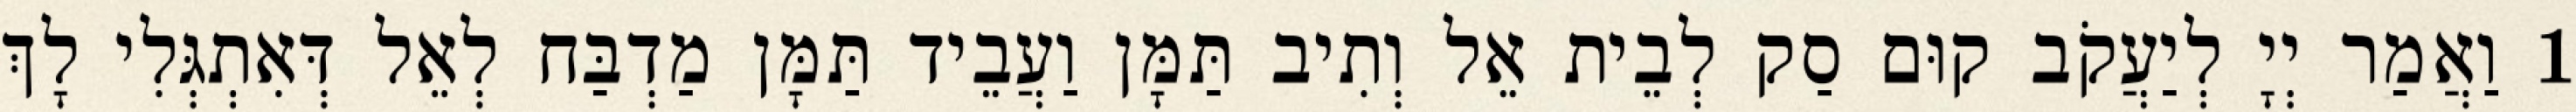
1 וַאֲמַר יְיָ לְיַעֲקֹב קוּם סַק לְבֵית אֵל וְתִיב תַּמָּן וַעֲבֵיד תַּמָּן מַדְבַּח לְאֵל דְּאִתְגְּלִי לָךְ